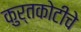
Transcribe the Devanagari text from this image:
कुर्तकोटीचे